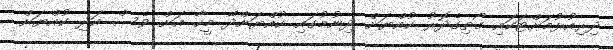
ދިރިއުޅުމަށްޓަކައި ގޯތިގެދޮރު ކުއްޔަށް ދިނުމުގައި ކުއްޔަށްދޭ މީހާ އަށް ވެސް އަދި ކުއްޔަށް